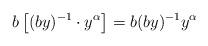
LaTeX: \begin{align*}b\left[(by)^{-1}\cdot y^{\alpha}\right]=b(by)^{-1}y^{\alpha}\end{align*}